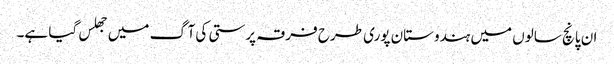
ان پانچ سالوں میں ہندوستان پوری طرح فرقہ پرستی کی آگ میں جھلس گیا ہے۔